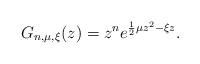
LaTeX: \begin{align*}G_{n,\mu,\xi}(z)=z^ne^{\frac 12\mu z^2-\xi z}.\end{align*}